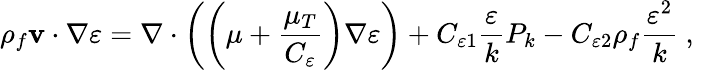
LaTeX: \rho_{f}{{{\mathbf{v}}}\cdot\nabla}\varepsilon=\nabla\cdot\left(\left(\mu+\frac{\mu_{T}}{C_{\varepsilon}}\right)\nabla\varepsilon\right)+C_{\varepsilon 1}\frac{\varepsilon}{k}P_{k}-C_{\varepsilon 2}\rho_{f}\frac{\varepsilon^{2}}{k}\mathrm{~,~}